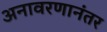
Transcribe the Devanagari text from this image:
अनावरणानंतर